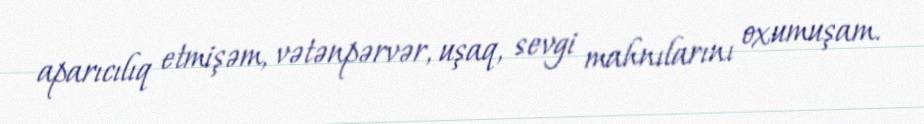
aparıcılıq etmişəm, vətənpərvər, uşaq, sevgi mahnılarını oxumuşam.